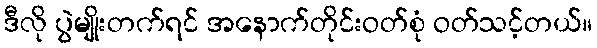
ဒီလို ပွဲမျိုးတက်ရင် အနောက်တိုင်းဝတ်စုံ ဝတ်သင့်တယ်။